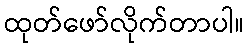
ထုတ်ဖော်လိုက်တာပါ။